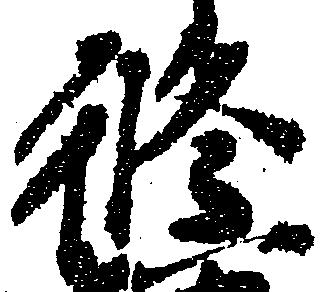
修